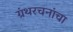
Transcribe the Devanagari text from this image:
ग्रंथरचनांचा